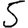
Digit: 5